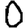
Digit: 0